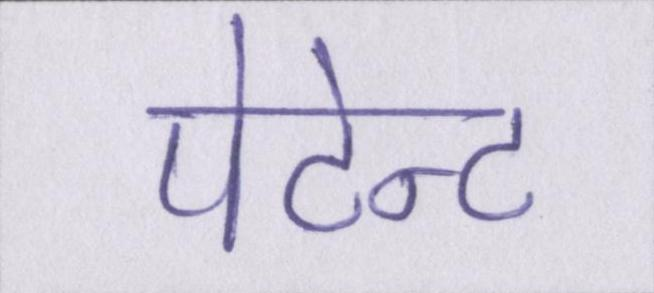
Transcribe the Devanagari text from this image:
पेटेन्ट